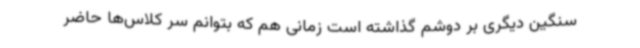
سنگین دیگری بر دوشم گذاشته است زمانی هم که بتوانم سر کلاس‌ها حاضر